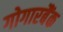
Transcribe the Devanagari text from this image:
गोगारबैंक